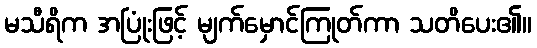
မသီရိက အပြုံးဖြင့် မျက်မှောင်ကြုတ်ကာ သတိပေး၏။